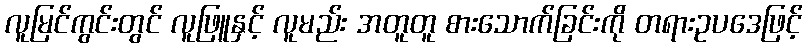
လူမြင်ကွင်းတွင် လူဖြူနှင့် လူမည်း အတူတူ စားသောက်ခြင်းကို တရားဥပဒေဖြင့်